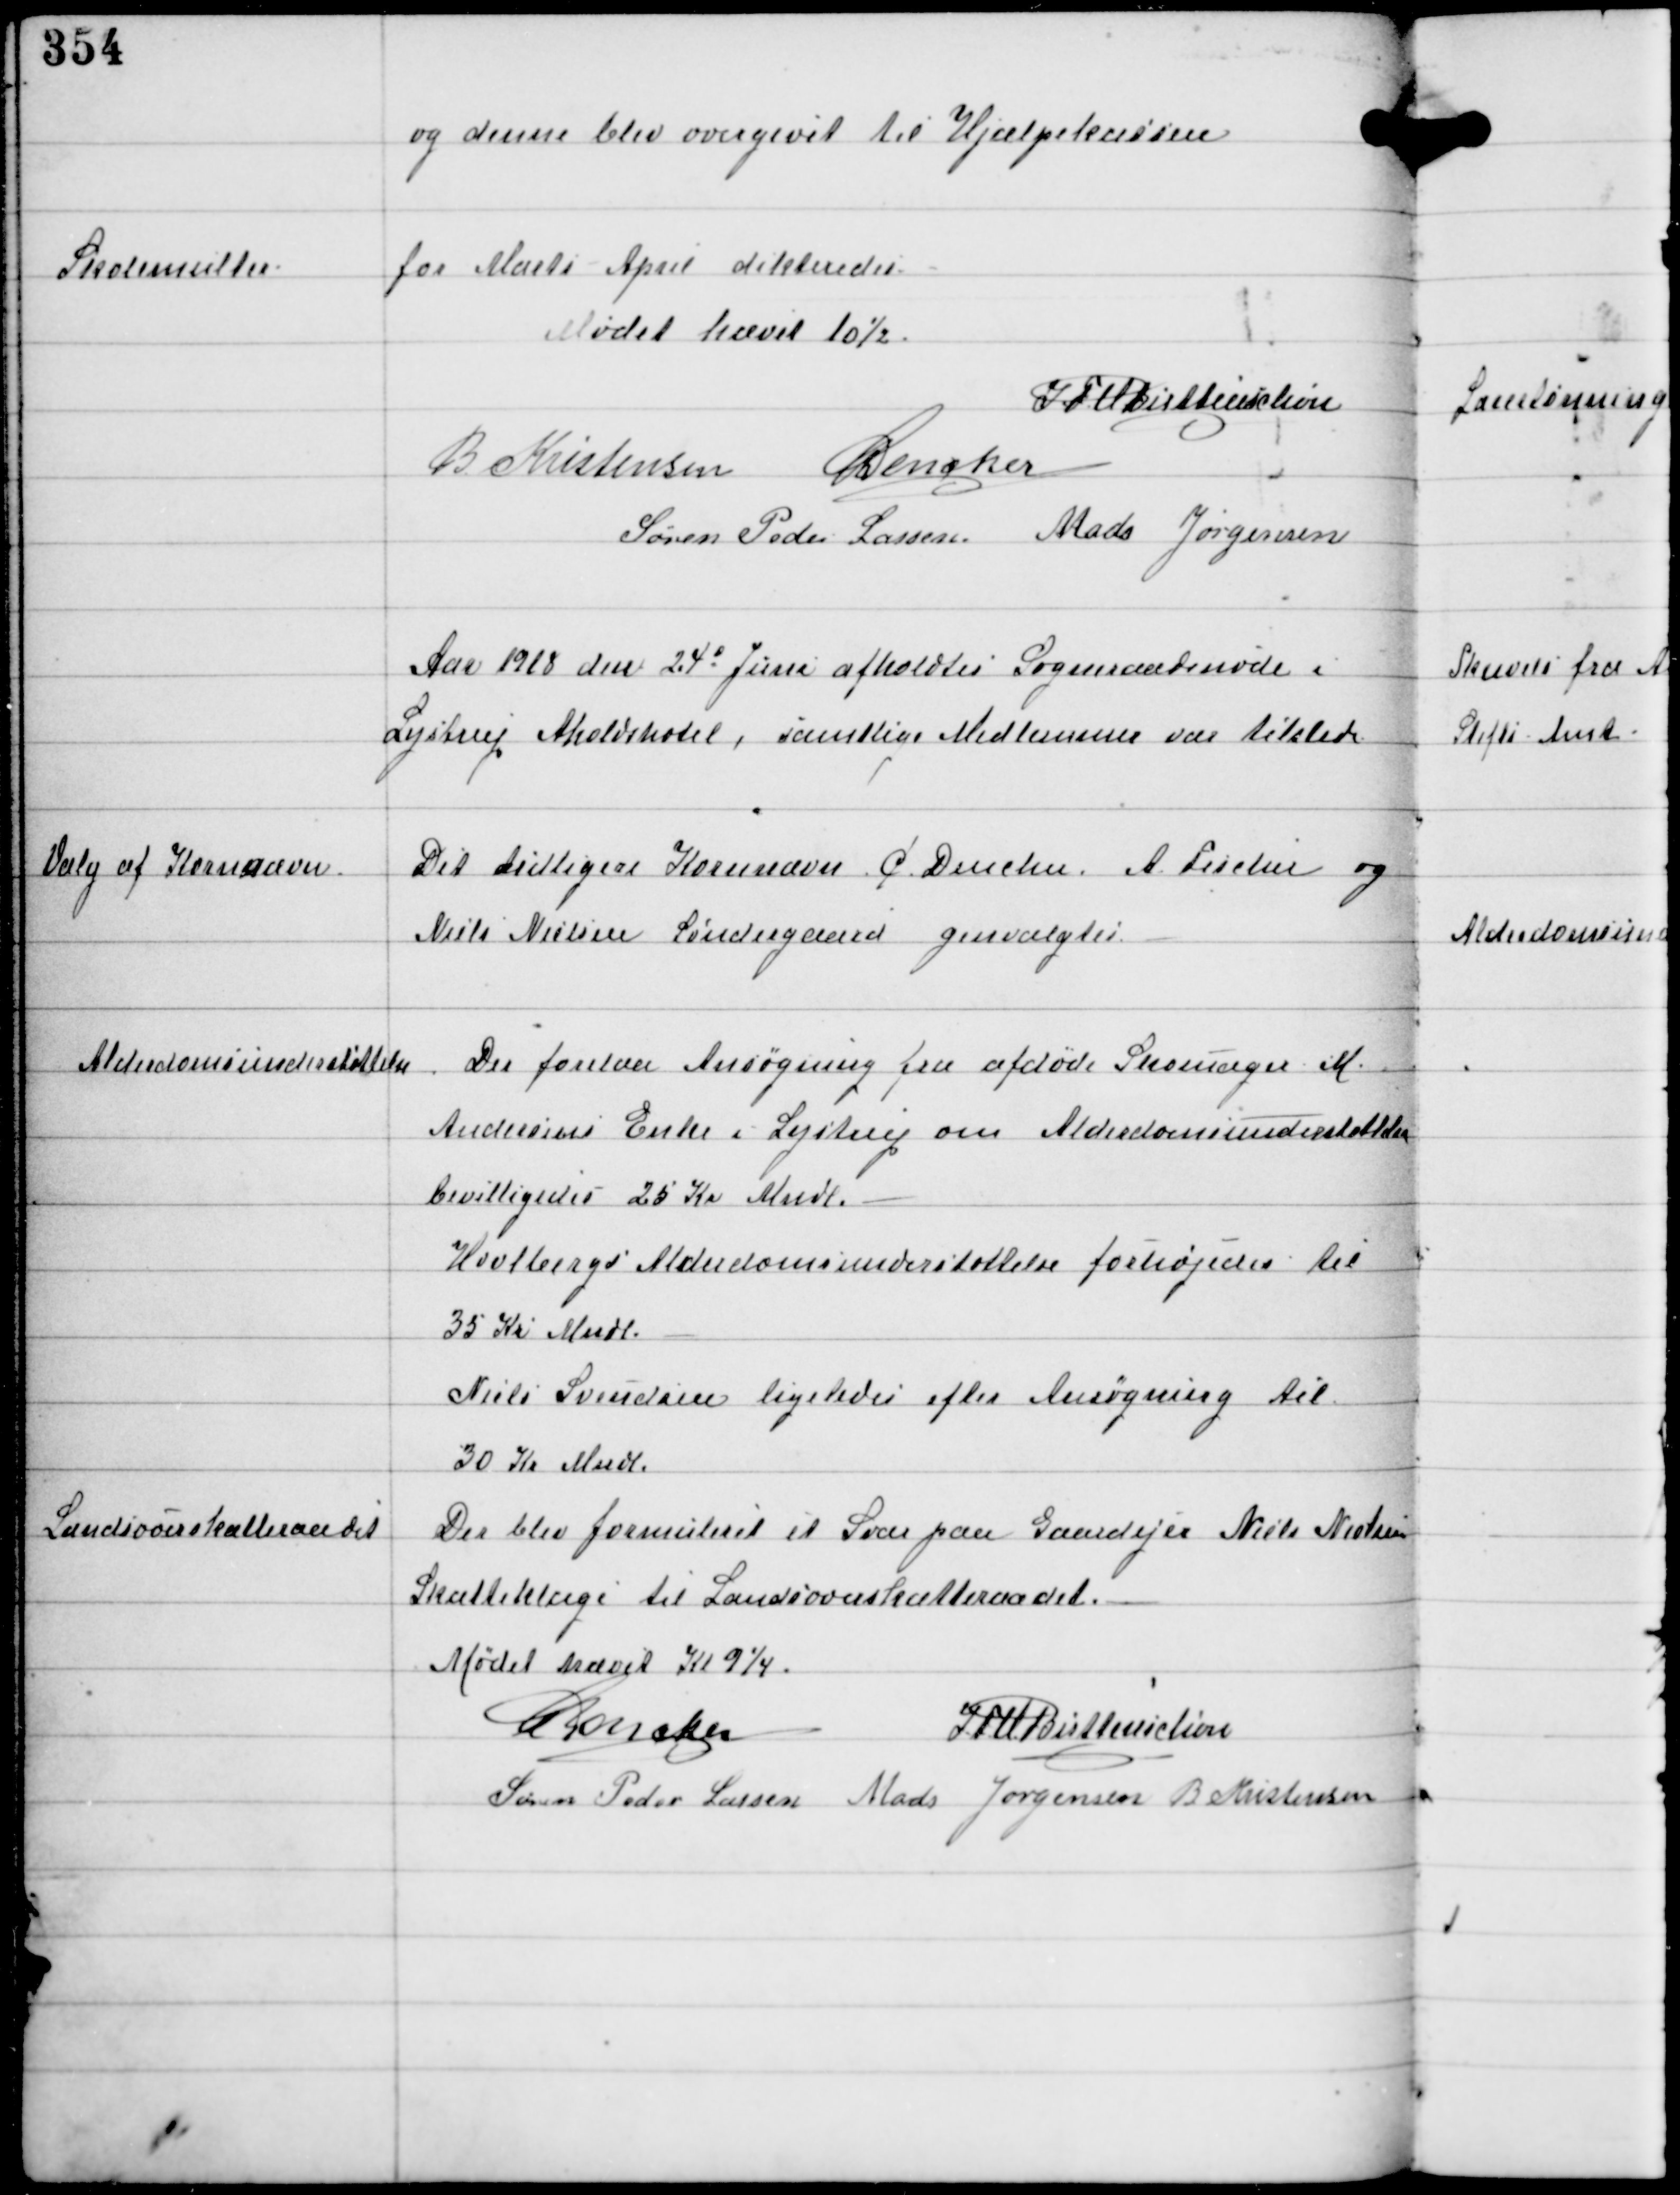
Transskription:
og denne blev overgivet til Hjælpekassen

Skolemulkter
for Marts April dikteredes

Mødet hævet 10½.
IFV Buttenschøn
B Kristensen C Dencker
Søren Peder Lassen Mads Jørgensen

Aar 1918 den 24d Juni afholdtes Sogneraadsmøde i
Lystrup Aholdshotel, samtlige Medlemmer var tilstede

Valg af Kornnævn

Det tidligere Kornnævn C Dencker, A Fisker og
Niels Nielsen Søndergaard genvalgtes

Alderdomsunderstøttelse

Der forelaa Ansøgning fra afdøde Skomager N
Andersens Enke i Lystrup om Alderdomsunderstøttelse
bevilligedes 25 Kr Mndl.
Houlbergs Alderdomsunderstøttelse forhøjedes til
35 Kr Mndl.
Niels Svendsen ligeledes efter Ansøgning til
30 Kr Mndl

Landsoverskatteraadet.

Der blev formuleret et Svar paa Gaardejer Niels Nielsens
Skatteklage til Landsoverskatteraadet.

Mødet hævet Kl 9¼.
C Dencker
IFV Buttenschøn
Søren Peder Lassen Mads Jørgensen B Kristensen